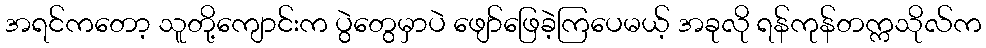
အရင်ကတော့ သူတို့ကျောင်းက ပွဲတွေမှာပဲ ဖျော်ဖြေခဲ့ကြပေမယ့် အခုလို ရန်ကုန်တက္ကသိုလ်က